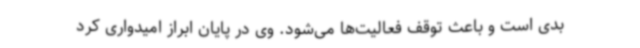
بدی است و باعث توقف فعالیت‌ها می‌شود. وی در پایان ابراز امیدواری کرد